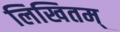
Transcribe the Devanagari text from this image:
लिखितम्